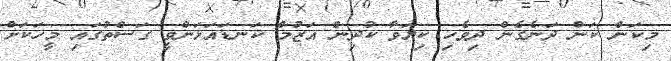
މިކަން ކަން ދަނެގެން ދިވެހި ކިޔަވާ ކުދިން އަޒުމް ކަނޑައަޅަންވީ ގަސްތުގައި މީހަކަށް